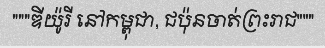
"""ឌីយ៉ូរី នៅកម្ពុជា, ជប៉ុនចាត់ព្រះរាជ"""